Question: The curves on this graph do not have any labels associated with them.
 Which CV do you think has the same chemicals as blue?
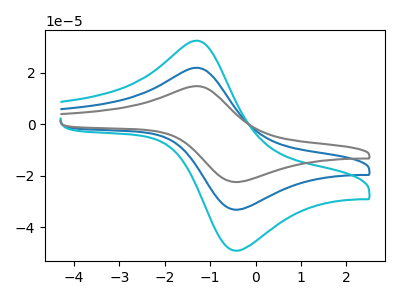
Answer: <think>The blue curve "blue" has an anodic peak at (-1.30V, 22.00uA) and a cathodic peak at (-0.45V, -33.30uA). The cyan curve "cyan" has an anodic peak at (-1.30V, 32.55uA) and a cathodic peak at (-0.45V, -49.25uA). The gray curve "gray" has an anodic peak at (-1.30V, 44.00uA) and a cathodic peak at (-0.45V, -66.55uA).
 All the peaks in "blue" have a peak in "cyan" at the same potential. Every peak in "blue" is lower than every peak in "cyan". All the peaks in "blue" have a peak in "gray" at the same potential. Every peak in "blue" is lower than every peak in "gray". All the peaks in "cyan" have a peak in "gray" at the same potential. Every peak in "cyan" is lower than every peak in "gray".</think>
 <answer>"blue" and "gray" have a similar shape to "cyan".</answer>
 <eval>"blue" "gray"</eval>